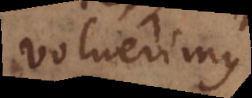
voluerimus